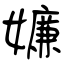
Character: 嬚